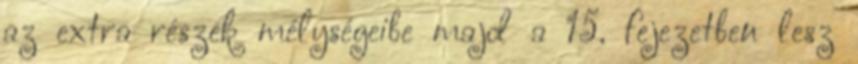
az extra részek mélységeibe majd a 15. fejezetben lesz